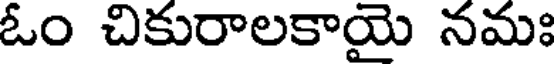
ఓం చికురాలకాయై నమః